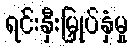
ရင်းနှီးမြှုပ်နှံမှု